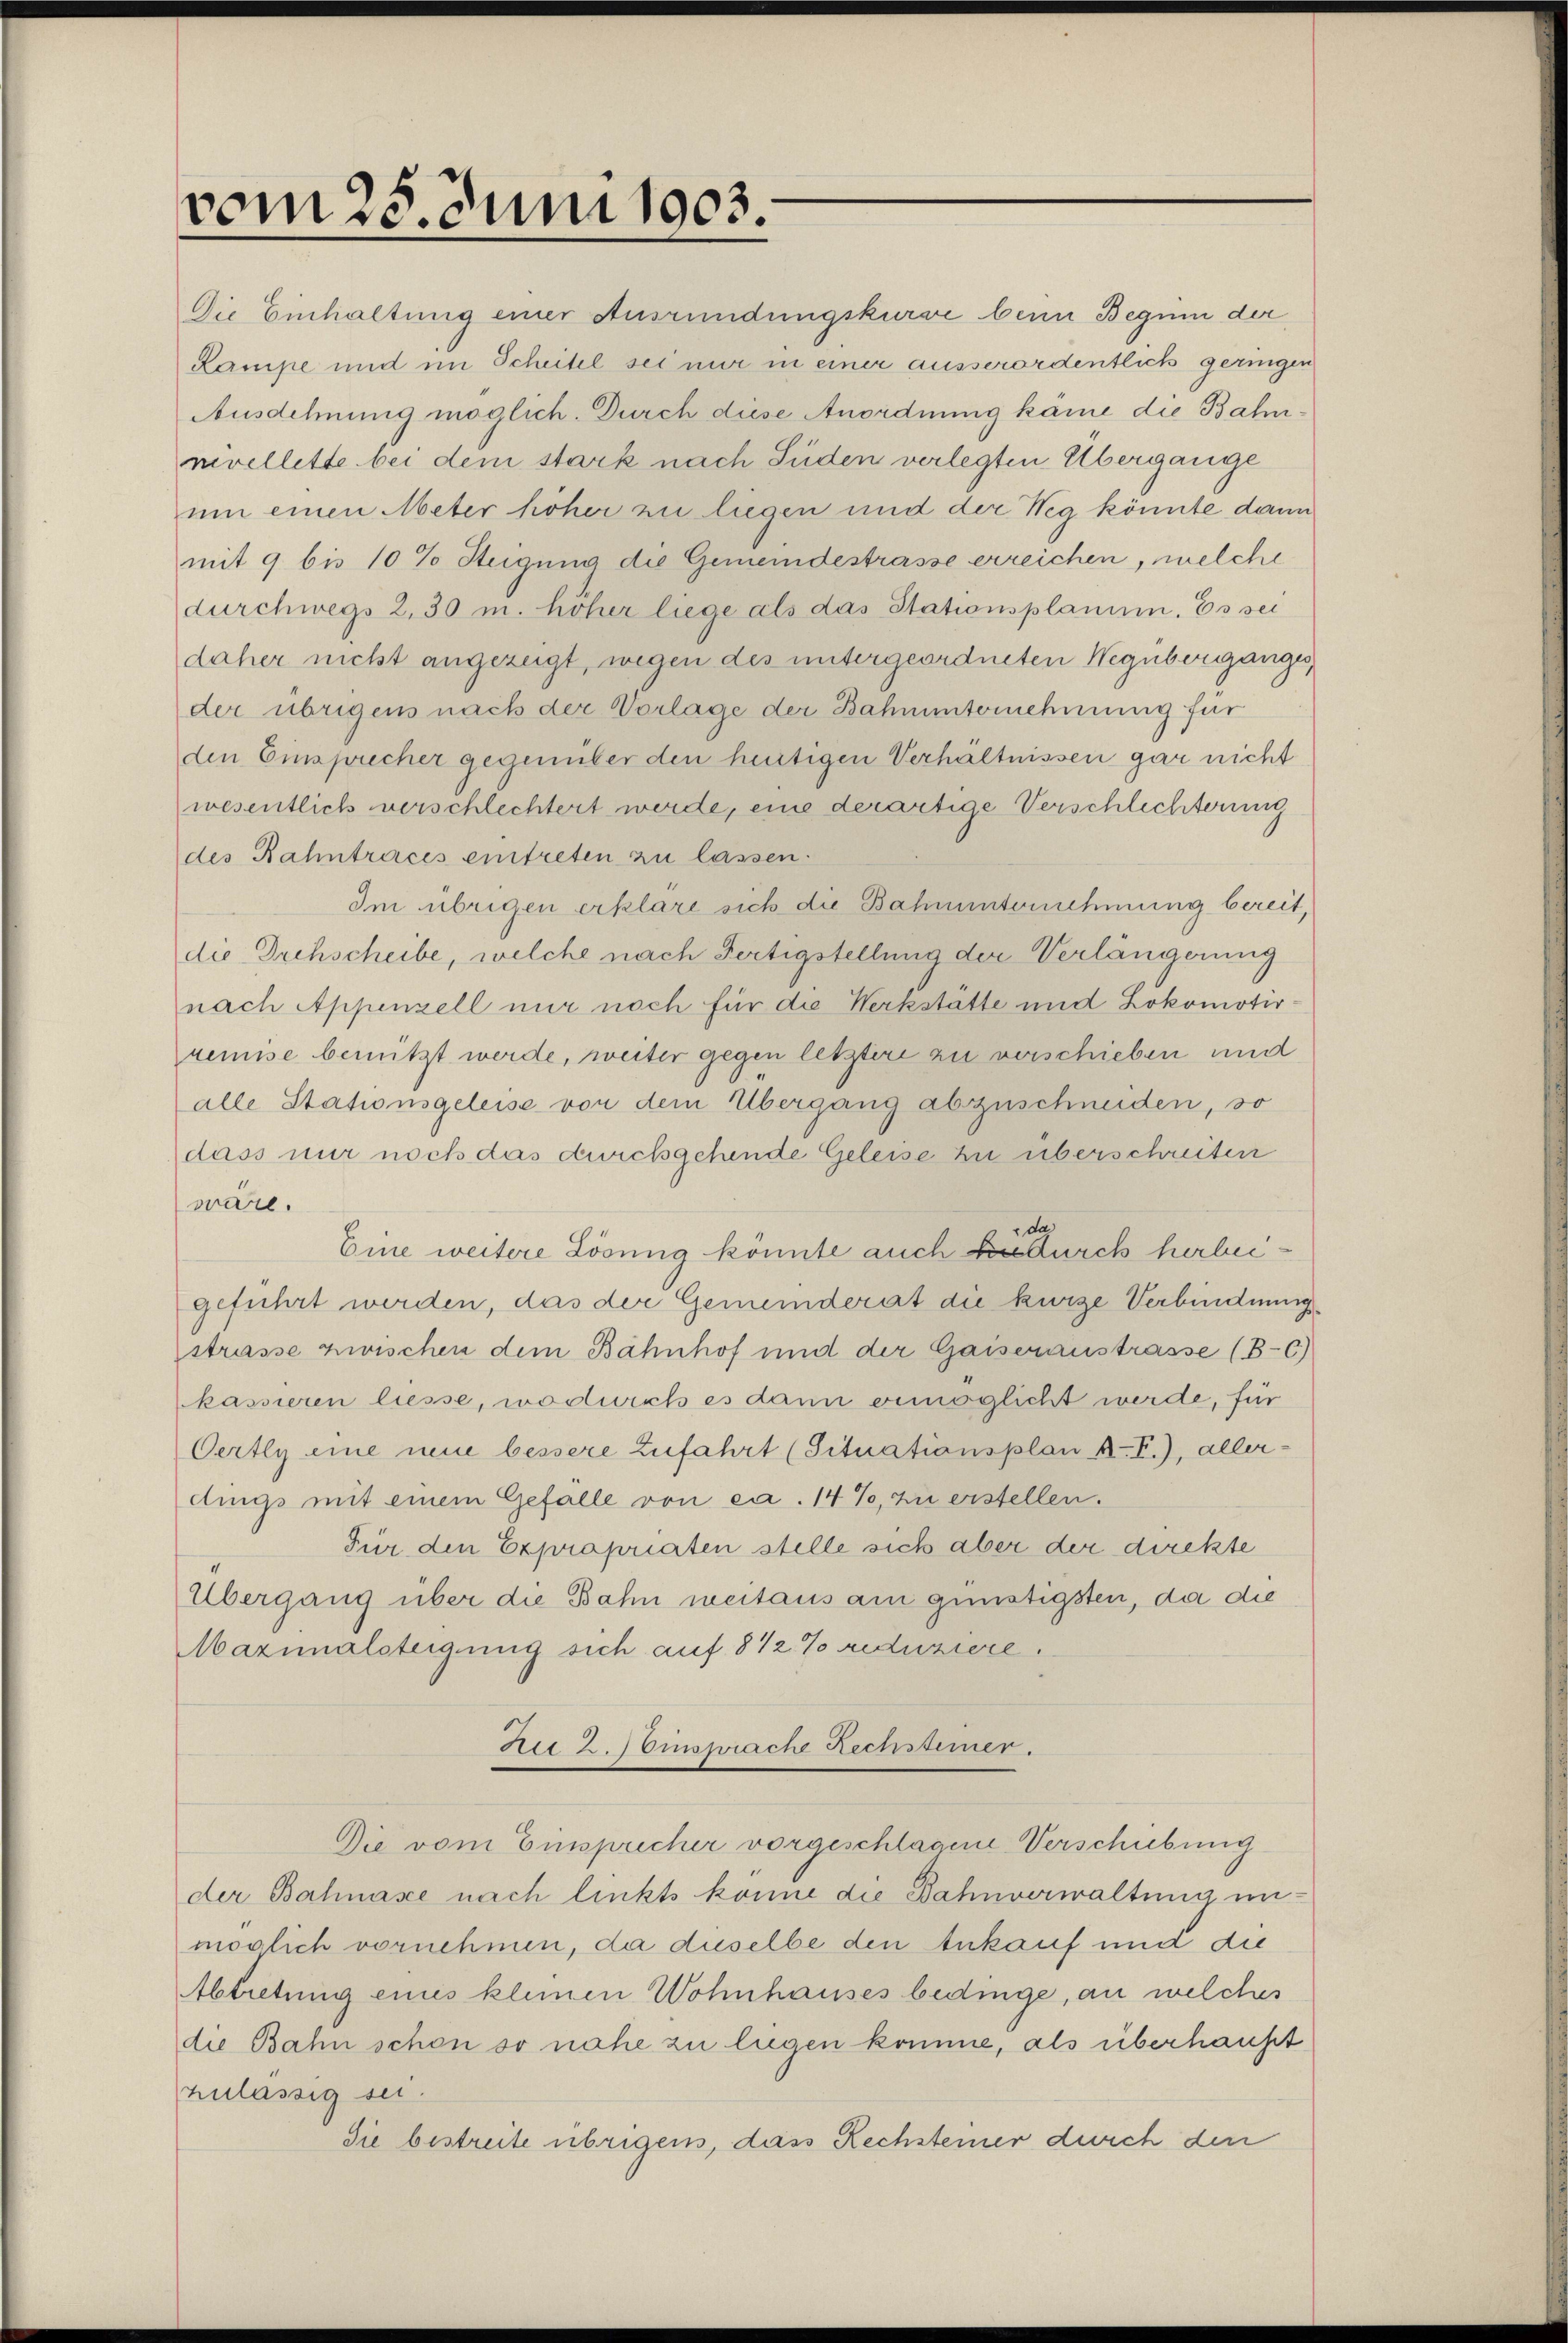
vom 25. Juni 1903.

Die Einhaltung einer Ausründungskurse beim Begum der
Kampe und im Scheitel sei nur in einer ausserordentlich geringen
Ausdehnung möglich. Durch diese Anordnung käme die Bahnnivellette bei dem stark nach Süden verlegten Übergange
um einen Meter höher zu liegen und der Weg könnte dann
mit 9 bis 10% Steigung die Gemeindestrasse erreichen, welche
durchwegs 2,30 m. hoher liege als das Stationsplanum. Es sei
daher nicht angezeigt, wegen des untergeordneten Wegüberganges
der übrigens nach der Vorlage der Bahnunternehmung für
den Einsprecher gegenüber den heutigen Verhältnissen gar nicht
wesentlich verschlechtert werde, eine derartige Verschlechterung
des Rahntraces eintreten zu lassen.
Im übrigen erkläre sich die Bahnunternehmung bereit,
die Drehscheibe, welche nach Fertigstellung der Verlängerung
nach Appenzell nur noch für die Werkstätte und Lokomotivremise benützt werde, weiter gegen letztere zu verschieben und
alle Stationsgeleise von dem Übergang abzuschneiden, so
dass nur noch das durchgehende Geleise zu überschreiben
wäre.
da
Eine weitere Lösung könnte auch durch herbeigeführt werden, das der Gemeinderat die kurze Verbindung
strasse zwischen dem Bahnhof und der Gaiseraustrasse (B-C)
kassieren liesse, wodurch es dann ermöglicht werde, für
Oertly eine neue bessere Zufahrt (Situationsplan A. T.), allerdings mit einem Gefalle von ca. 14%, zu erstellen.
Für den Expropriaten stelle sich aber der direkte
Übergang über die Bahn weitaus am günstigsten, da die
Mazinalsteigung sich auf 8 1/2 % reduziere.
Ru 2. Einsprache Rechstimmer.
Die vom Einspricher vorgeschlagene Verschiebung
der Bahnase nach linkts könne die Bahnverwaltung unmöglich vornehmen, da duselbe den Ankauf und die
Abtretung einis kleinen Wohnhauses bedinge, an welches
die Bahn schon so nahe zu liegen komme, als überhaupt
zulässig sei.
Sie bestreite übrigens, dass Rechsteiner durch den